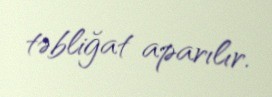
təbliğat aparılır.